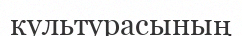
культурасының